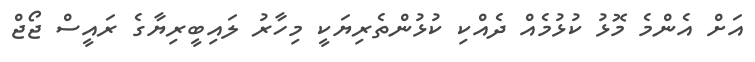
އަށް އެންމެ މޮޅު ކުޅުމެއް ދެއްކި ކުޅުންތެރިޔަކީ މިހާރު ލައިބީރިޔާގެ ރައީސް ޖޯޖް